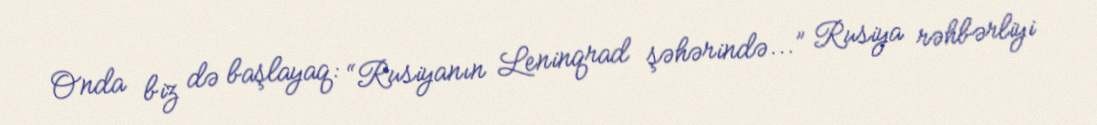
Onda biz də başlayaq: “Rusiyanın Leninqrad şəhərində...” Rusiya rəhbərliyi